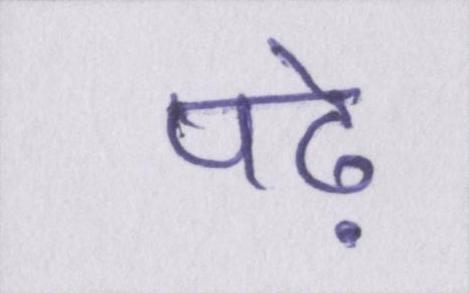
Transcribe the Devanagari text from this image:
पढ़े